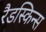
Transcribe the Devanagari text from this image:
रैडस्किन्स